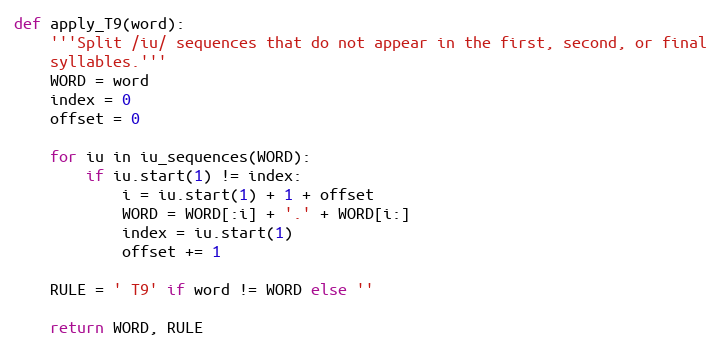
Language: Python
def apply_T9(word):
    '''Split /iu/ sequences that do not appear in the first, second, or final
    syllables.'''
    WORD = word
    index = 0
    offset = 0

    for iu in iu_sequences(WORD):
        if iu.start(1) != index:
            i = iu.start(1) + 1 + offset
            WORD = WORD[:i] + '.' + WORD[i:]
            index = iu.start(1)
            offset += 1

    RULE = ' T9' if word != WORD else ''

    return WORD, RULE